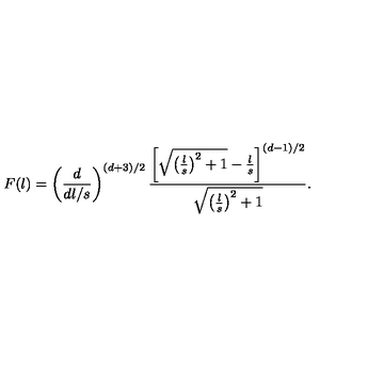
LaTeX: F ( l ) = \left( \frac { d } { d l / s } \right) ^ { ( d + 3 ) / 2 } { \frac { \left[ \sqrt { \left( \frac { l } { s } \right) ^ { 2 } + 1 } - { \frac { l } { s } } \right] ^ { ( d - 1 ) / 2 } } { \sqrt { \left( \frac { l } { s } \right) ^ { 2 } + 1 } } } .